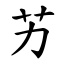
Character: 艻